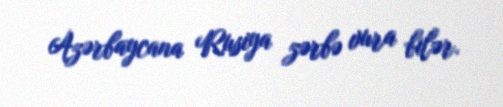
Azərbaycana Rusiya zərbə vura bilər.